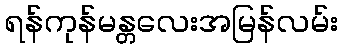
ရန်ကုန်မန္တလေးအမြန်လမ်း